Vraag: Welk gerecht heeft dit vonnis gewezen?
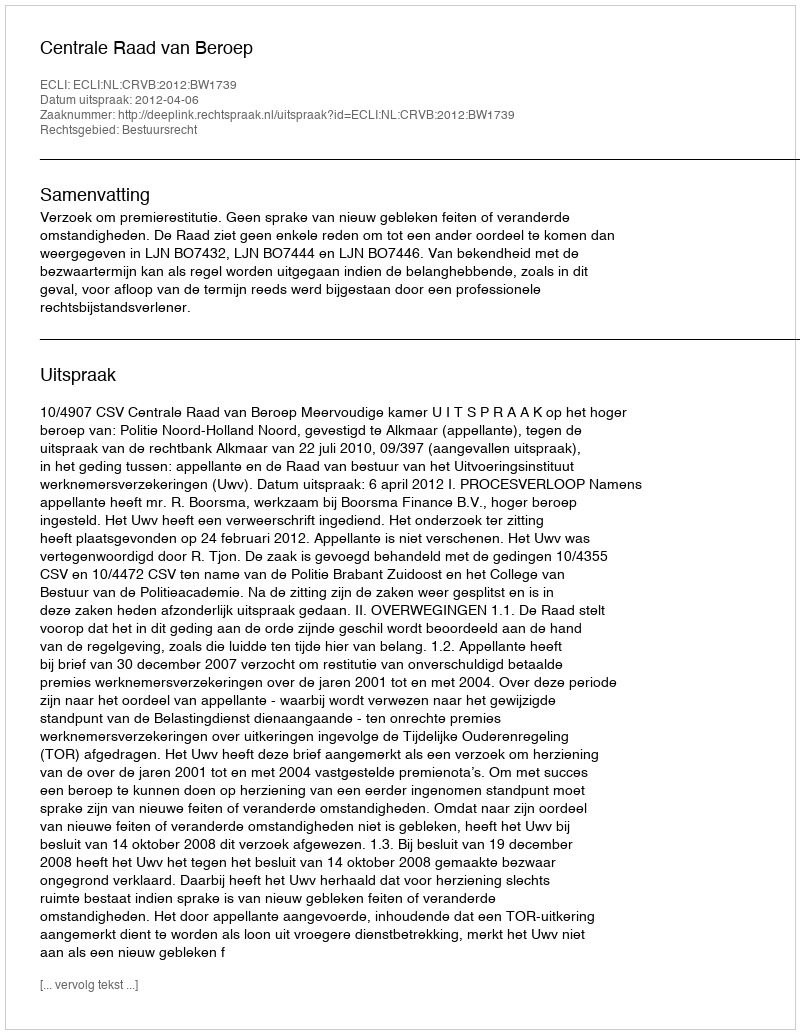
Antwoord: Centrale Raad van Beroep